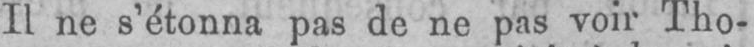
Il ne s’étonna pas de ne pas voir Tho-